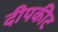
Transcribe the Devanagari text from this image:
दीपकीट